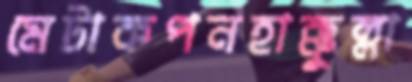
মেটাকপনহাক্কুল্লা